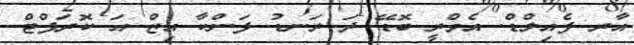
އާރ ފެއިލްޑް. އެވްރީ ބޮޑޭ ދަ ރަނޑު ފަންކާ އިޒް އަ ކޮރަޕްޓް